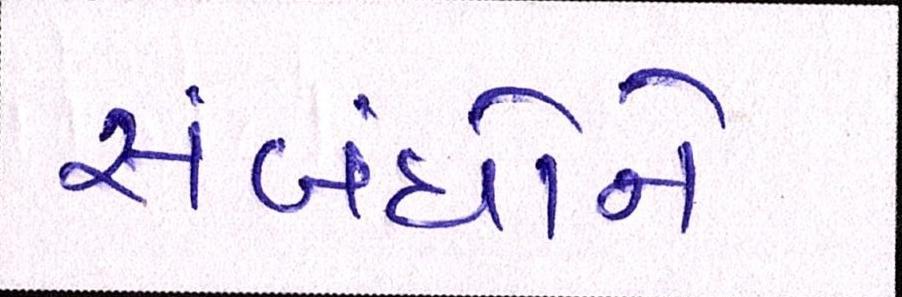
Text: સંબંધોને